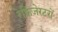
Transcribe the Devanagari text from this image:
रेफ्रिजेरटरों